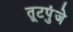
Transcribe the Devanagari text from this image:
तूटपुंजे